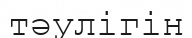
тәулігін